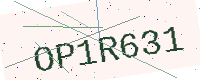
Text: OP1R631